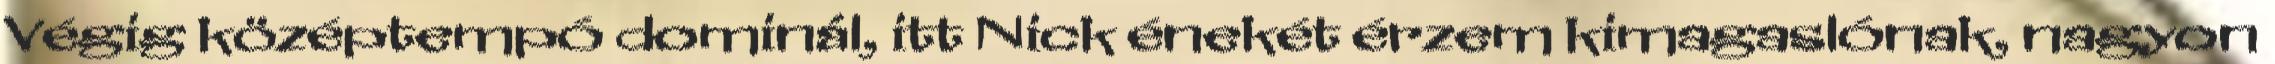
Végig középtempó dominál, itt Nick énekét érzem kimagaslónak, nagyon